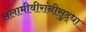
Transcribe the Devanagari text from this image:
सलामीवीरांनीसुद्धा